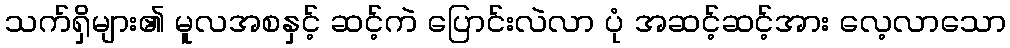
သက်ရှိများ၏ မူလအစနှင့် ဆင့်ကဲ ပြောင်းလဲလာ ပုံ အဆင့်ဆင့်အား လေ့လာသော